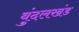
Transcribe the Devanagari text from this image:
बुंदलखंड